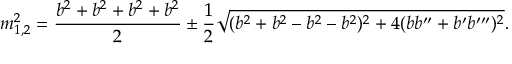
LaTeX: m _ { 1 , 2 } ^ { 2 } = \frac { b ^ { 2 } + b ^ { 2 } + b ^ { 2 } + b ^ { 2 } } { 2 } \pm \frac { 1 } { 2 } \sqrt { ( b ^ { 2 } + b ^ { 2 } - b ^ { 2 } - b ^ { 2 } ) ^ { 2 } + 4 ( b b ^ { \prime \prime } + b ^ { \prime } b ^ { \prime \prime \prime } ) ^ { 2 } } .